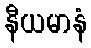
နီယမာနံ